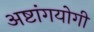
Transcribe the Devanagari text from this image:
अष्टांगयोगी